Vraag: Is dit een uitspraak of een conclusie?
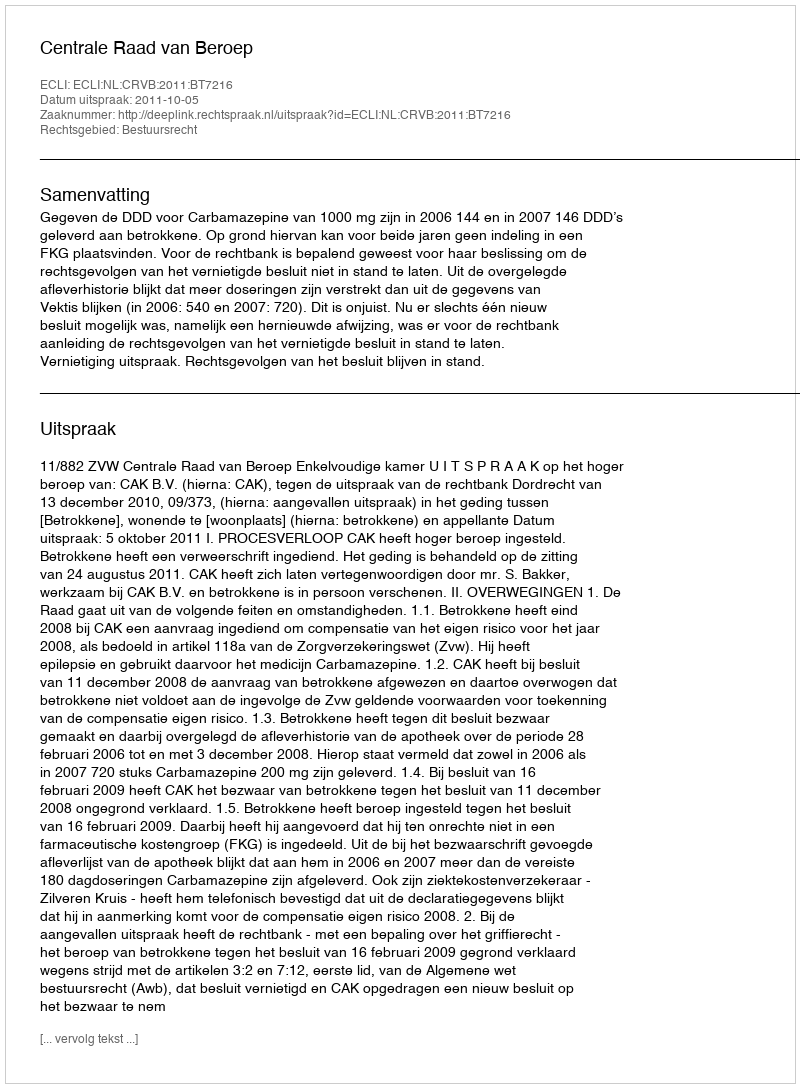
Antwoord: Uitspraak